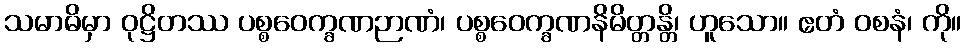
သမာဓိမှာ ဝုဋ္ဌိတဿ ပစ္စဝေက္ခဏဉာဏံ၊ ပစ္စဝေက္ခဏနိမိတ္တန္တိ၊ ဟူသော။ ဧတံ ဝစနံ၊ ကို။